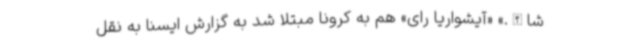
شاالله.» «آیشواریا رای» هم به کرونا مبتلا شد به گزارش ایسنا به نقل